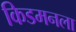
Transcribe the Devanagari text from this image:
किडमनला